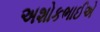
અશોકભાઈએ